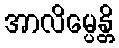
အာလိမ္ပေန္တိ